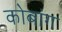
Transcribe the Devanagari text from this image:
कोबांग